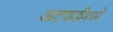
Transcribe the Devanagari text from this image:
आटपाडीमध्ये